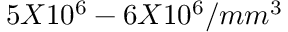
5 X 1 0 ^ { 6 } - 6 X 1 0 ^ { 6 } / m m ^ { 3 }